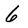
Character: 6